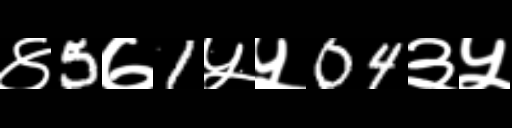
Text: ४5७1५५04३५